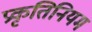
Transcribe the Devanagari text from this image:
प्रकृतिनियम